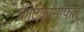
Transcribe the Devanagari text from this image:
कीटकांमार्फत